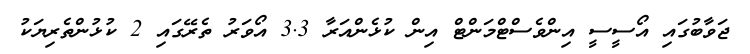
ޖަވާބުގައި އޯސީސީ އިންވެސްޓްމަންޓް އިން ކުޅެންއަރާ 3.3 އޯވަރު ތެރޭގައި 2 ކުޅުންތެރިޔަކު